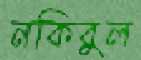
নকিবুল